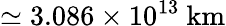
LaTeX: \simeq 3.086\times 10^{13}\ \mathrm{km}